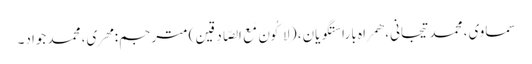
سماوی، محمد تیجانی، همراه با راستگویان، (لِاَکُونَ مَعَ الصّادِقِین) مترجم: مهری، محمد جواد۔